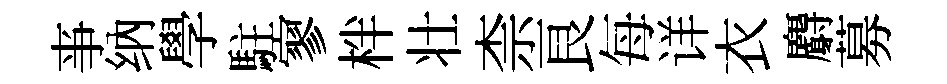
亊纳學駐寥柈壮柰良每详衣麝募